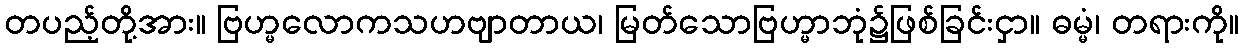
တပည့်တို့အား။ ဗြဟ္မလောကသဟဗျာတာယ၊ မြတ်သောဗြဟ္မာဘုံ၌ဖြစ်ခြင်းငှာ။ ဓမ္မံ၊ တရားကို။